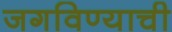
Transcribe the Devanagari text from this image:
जगविण्याची